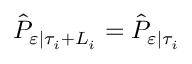
{ \hat { P } } _ { \varepsilon | \tau _ { i } + L _ { i } } = { \hat { P } } _ { \varepsilon | \tau _ { i } }